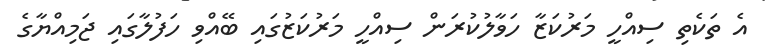
އެ ތަކެތި ސިއްހީ މަރުކަޒާ ހަވާލުކުރަން ސިއްހީ މަރުކަޒުގައި ބޭއްވި ހަފުލާގައި ޖަމިއްޔާގެ